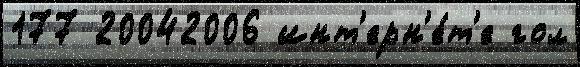
177 20042006 инт'ерн'е́т'е гол